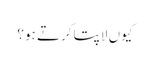
کیوں لاپتا کرتے ہو؟